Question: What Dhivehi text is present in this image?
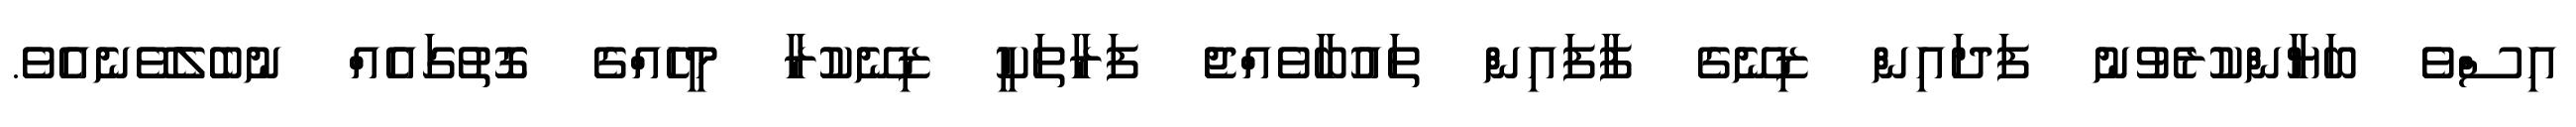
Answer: އިސްވެ ބަޔާންކުރެވުނު ފަދައިން ޒިނޭގެ ފާފައިން ތައުބާވެއްޖެ ފަރާތަކީ ޒިނޭކުރާ މީހެއްގެ ގޮތުގައެއް ނުބެލެވޭނެއެވެ.